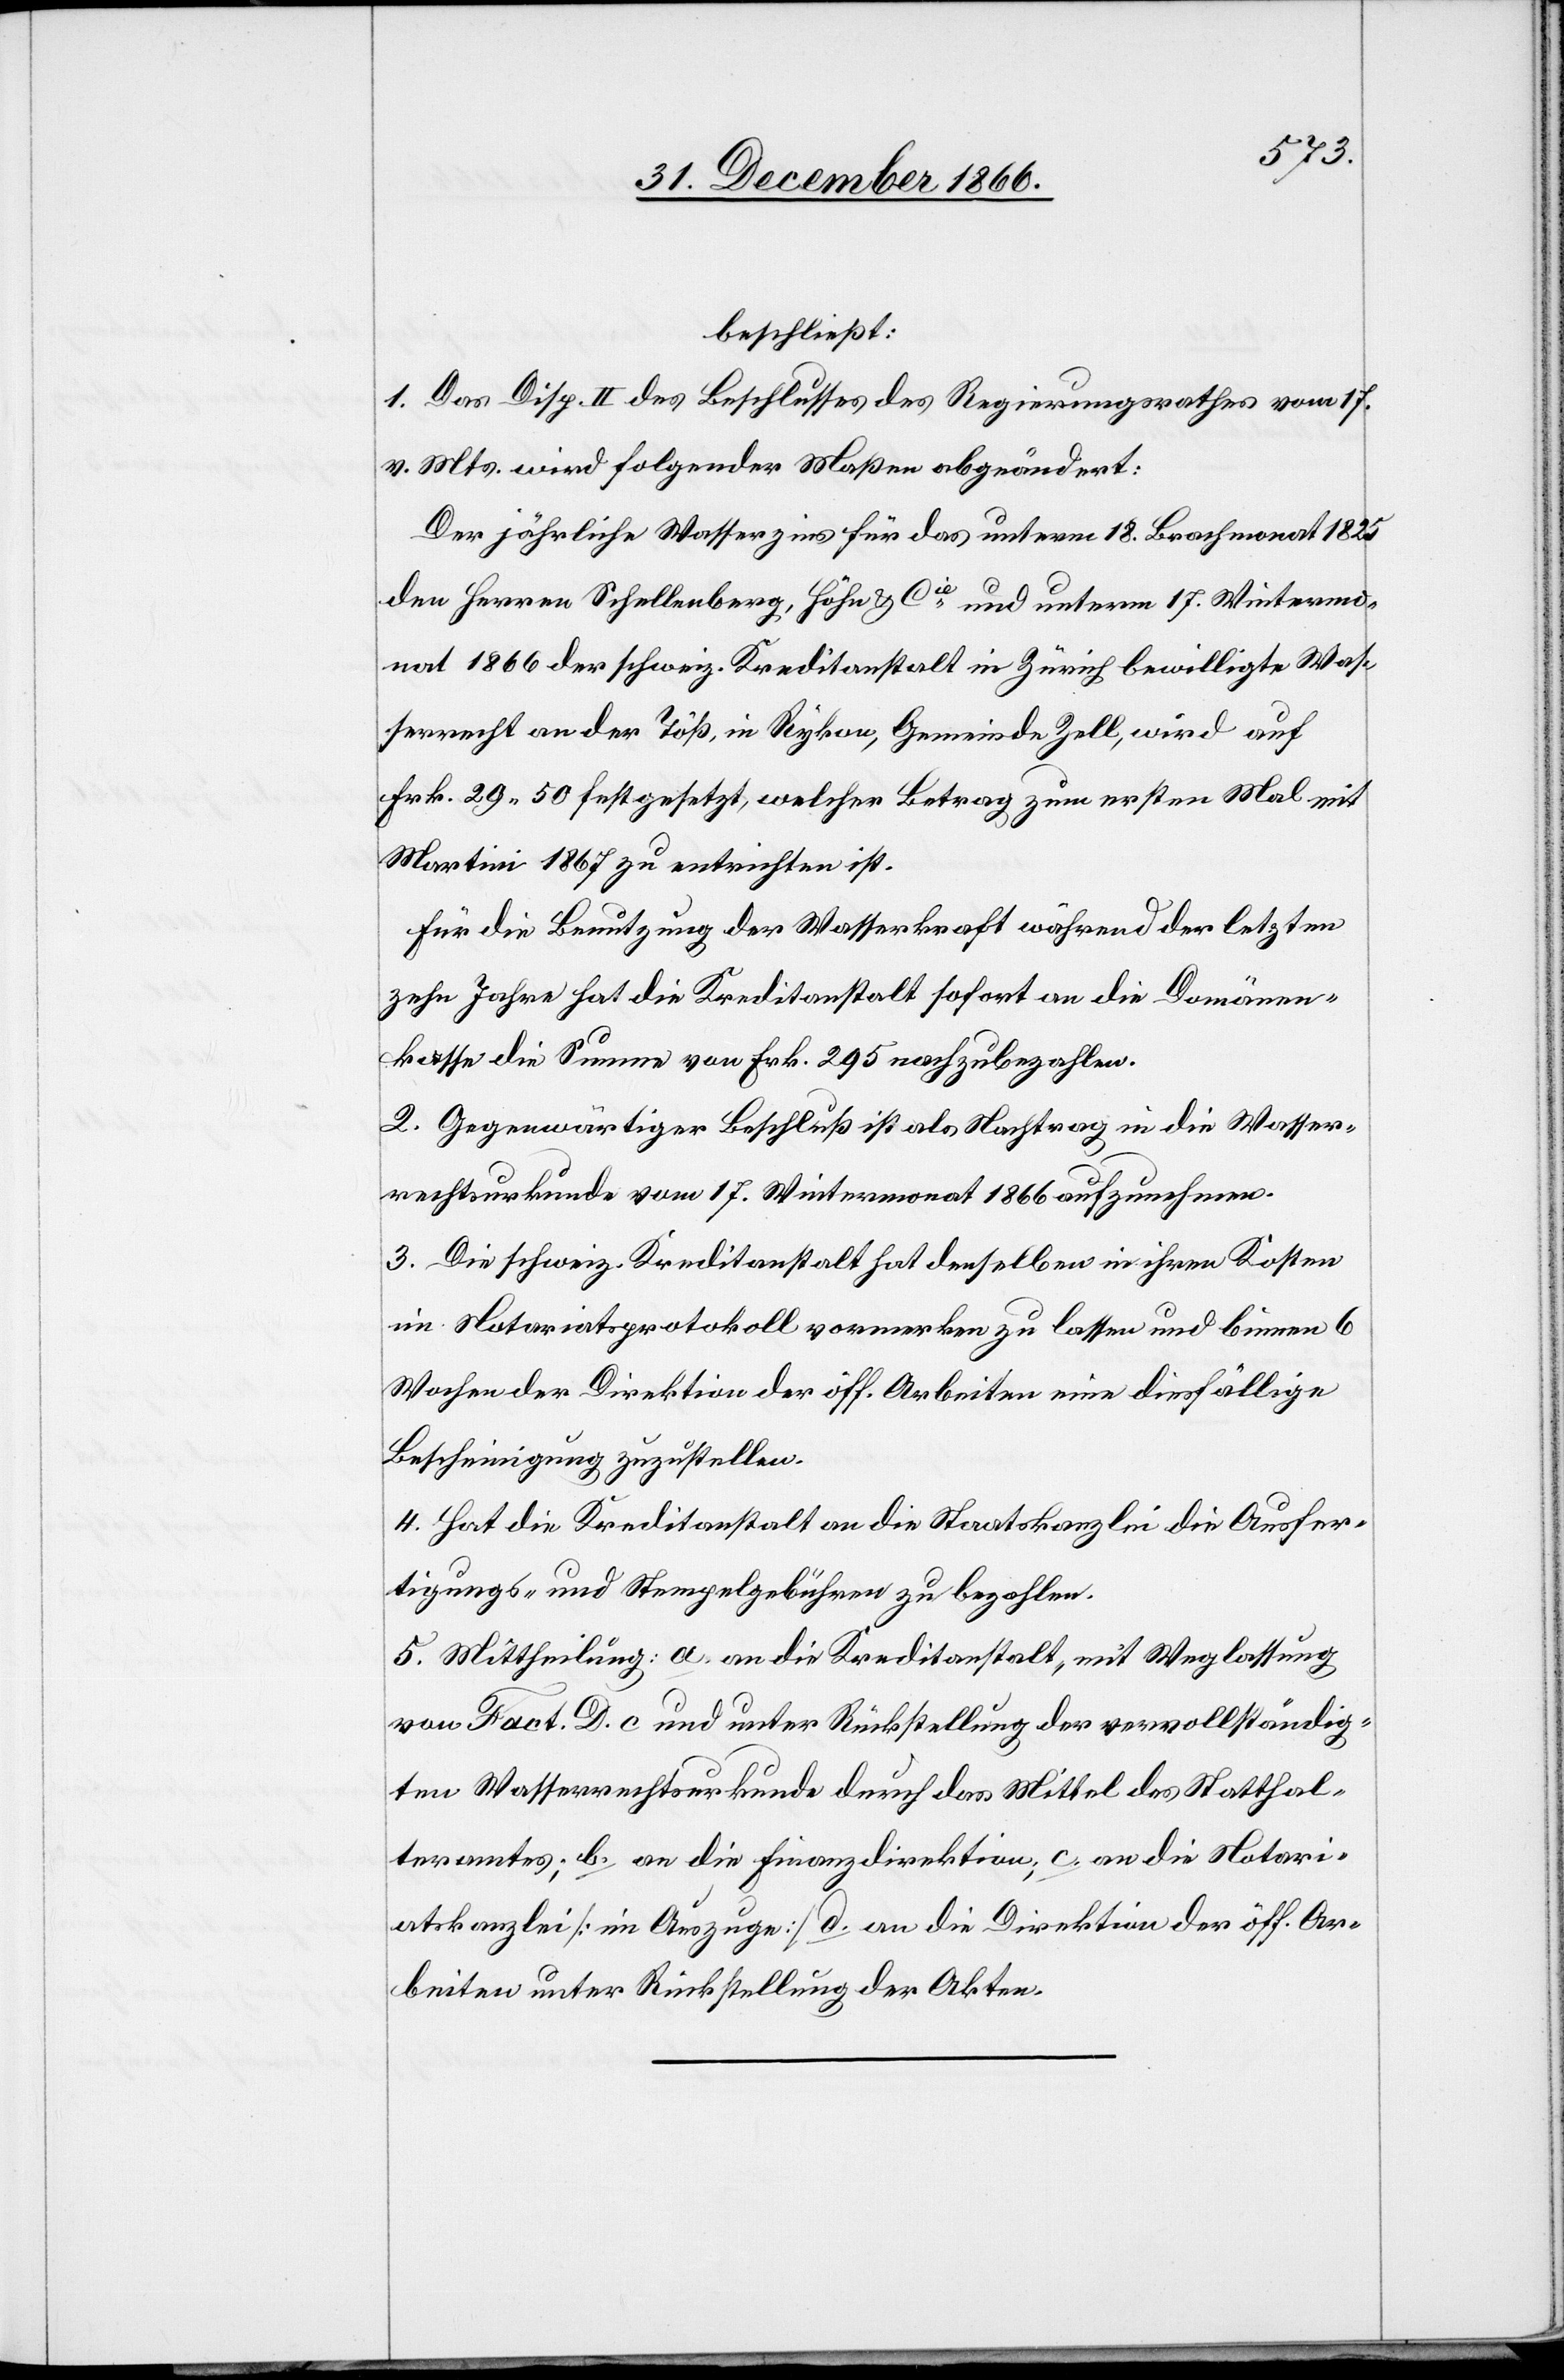
beschließt:
1. Das Disp. II des Beschlusses des Regierungsrathes vom 17.
v. Mts. wird folgender Maßen abgeändert:
Der jährliche Wasserzins für das unterm 18. Brachmonat 1825
den Herren Schellenberg, Höhn & Cie. und unterm 17. Wintermo¬
nat 1866 der schweiz. Kreditanstalt in Zürich bewilligte Was¬
serrecht an der Töß, in Rykon, Gemeinde Zell, wird auf
Frk. 29.50 festgesetzt, welcher Betrag zum ersten Mal mit
Martini 1867 zu entrichten ist.
Für die Benutzung der Wasserkraft während der letzten
zehn Jahre hat die Kreditanstalt sofort an die Domänen¬
kasse die Summe von Frk. 295 nachzubezahlen.
2. Gegenwärtiger Beschluß ist als Nachtrag in die Wasser¬
rechtsurkunde vom 17. Wintermonat 1866 aufzunehmen.
3. Die schweiz. Kreditanstalt hat denselben in ihren Kosten
im Notariatsprotokoll vormerken zu lassen und binnen 6
Wochen der Direktion der öff. Arbeiten eine diesfällige
Bescheinigung zuzustellen.
4. Hat die Kreditanstalt an die Staatskanzlei die Ausfer¬
tigungs- und Stempelgebühren zu bezahlen.
5. Mittheilung: a. an die Kreditanstalt, mit Weglassung
von Fact. D. c und unter Rückstellung der vervollständig¬
ten Wasserrechtsurkunde durch das Mittel des Statthal¬
teramtes; b. an die Finanzdirektion; c. an die Notari¬
atskanzlei [im Auszuge] d. an die Direktion der öff. Ar¬
beiten unter Rückstellung der Akten.